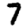
Digit: 7